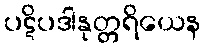
ပဋိပဒါနုတ္တရိယေန